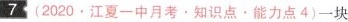
7(2020.江夏一中月考。知识点。能力点4)一块